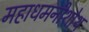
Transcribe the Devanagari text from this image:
महाधमनीशोथ